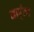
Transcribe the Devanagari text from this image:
मार्गुल्स